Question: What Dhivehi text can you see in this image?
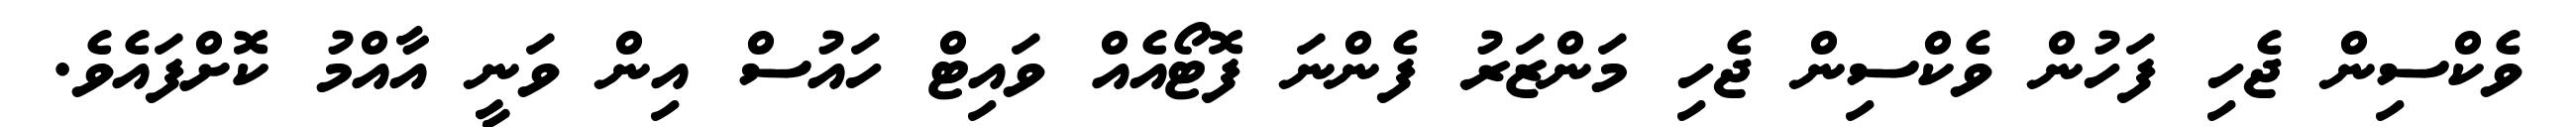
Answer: ވެކްސިން ޖެހި ފަހުން ވެކްސިން ޖެހި މަންޒަރު ފެންނަ ފޮޓޯއެއް ވައިޓް ހައުސް އިން ވަނީ އާއްމު ކޮށްފައެވެ.